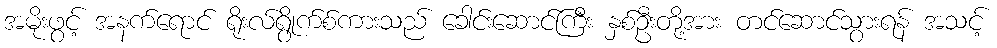
အမိုးဖွင့် အနက်ရောင် ရိုးလ်ရွိုက်စ်ကားသည် ခေါင်းဆောင်ကြီး နှစ်ဦးတို့အား တင်ဆောင်သွားရန် အသင့်